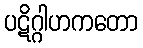
ပဋိဂ္ဂါဟကတော